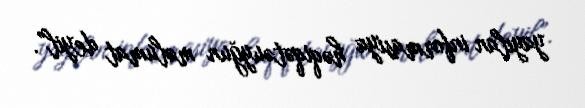
yayılan informasiya həqiqətəuyğun məlumat deyil”.